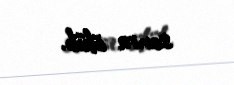
sonra ölüb.